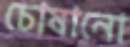
চোষানো